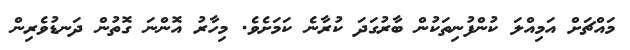
މައްޗަށް އަމިއްލަ ކުންފުނިތަކުން ބާރުގަދަ ކުރާނެ ކަމަށެވެ. މިހާރު އޮންނަ ގޮތުން ދަނޑުވެރިން